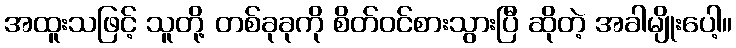
အထူးသဖြင့် သူတို့ တစ်ခုခုကို စိတ်ဝင်စားသွားပြီ ဆိုတဲ့ အခါမျိုးပေါ့။